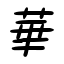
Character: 華